system: You are a helpful assistant.
user:
Analyze the provided spectrum to determine if it is a **S-type Star**.

- **Key Indicators for S-type Star:**

    - **(Overall Spectrum Shape):** The first and most obvious characteristic is the overall continuum (the "baseline" shape). It is **extremely "red-sloping,"** meaning the flux (light intensity) is very low on the left side (blue, ~4000-4500 Å) and rises steeply and continuously toward the right side (red, ~7000 Å+).

    - **(Primary):** The spectrum is defined by the presence of strong, broad molecular absorption "valleys" (bands) from **Zirconium Oxide (ZrO)**. The identification of these bands is the **primary requirement** for classifying a star as S-type.
        - **(Key Bandheads):** You must find distinct, deep "dips" where the light has been absorbed. The most critical band systems to locate are:
            - **~6474 Å** ($\gamma$-system): This is often the strongest and clearest ZrO feature, found in the red part of the spectrum.
            - **~5718 Å** & **~5551 Å** ($\beta$-system): A pair of prominent absorption features in the yellow-orange part of the spectrum.
            - **~4640 Å** ($\alpha$-system): A key absorption band system in the blue-green region of the spectrum.

    - **(Secondary Confirmation):** The classification is strengthened by finding additional absorption bands from other related heavy element oxides, which are expected to be present alongside ZrO.
        - **(Key Bandheads):**
            - **Yttrium Oxide (YO):** Look for absorption dips near **~4800 Å** and **~6100 Å**.
            - **Lanthanum Oxide (LaO):** Additional absorption features, particularly in the red-orange part of the spectrum, are also characteristic.

    - **(Line Profile):** The combination of the steep red continuum and these numerous, deep molecular bands (ZrO, YO, etc.) gives the entire spectrum a very **"chopped-up"** or **"bumpy"** appearance. Instead of a smooth curve, the spectrum looks as though large, wide chunks of light have been "carved out" of it at the specific wavelengths listed above.

Think first, call **spectral_visualization_tool** if needed to examine features in detail, then provide your final answer. Your response must adhere to the following strict rules:
1.  **Overall Structure:** Your response must follow the format `<think>...</think> <tool_call>...</tool_call> (if a tool is used) <answer>...</answer>`.
2.  **Tool Usage Constraint:** You may only make **one** tool call per turn.
3.  **Final Answer Format:** In the `<answer>` tag, your conclusion must be inside a `\boxed{}` command (e.g., `\boxed{YES}` or `\boxed{NO}`), followed by your justification.

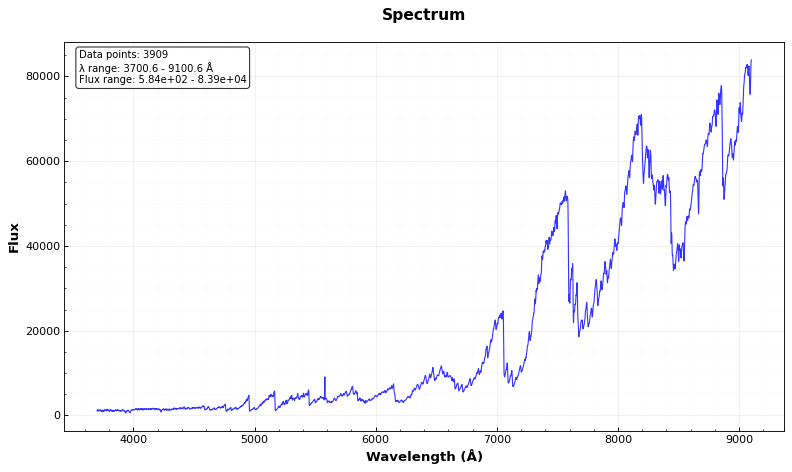
Answer: YES